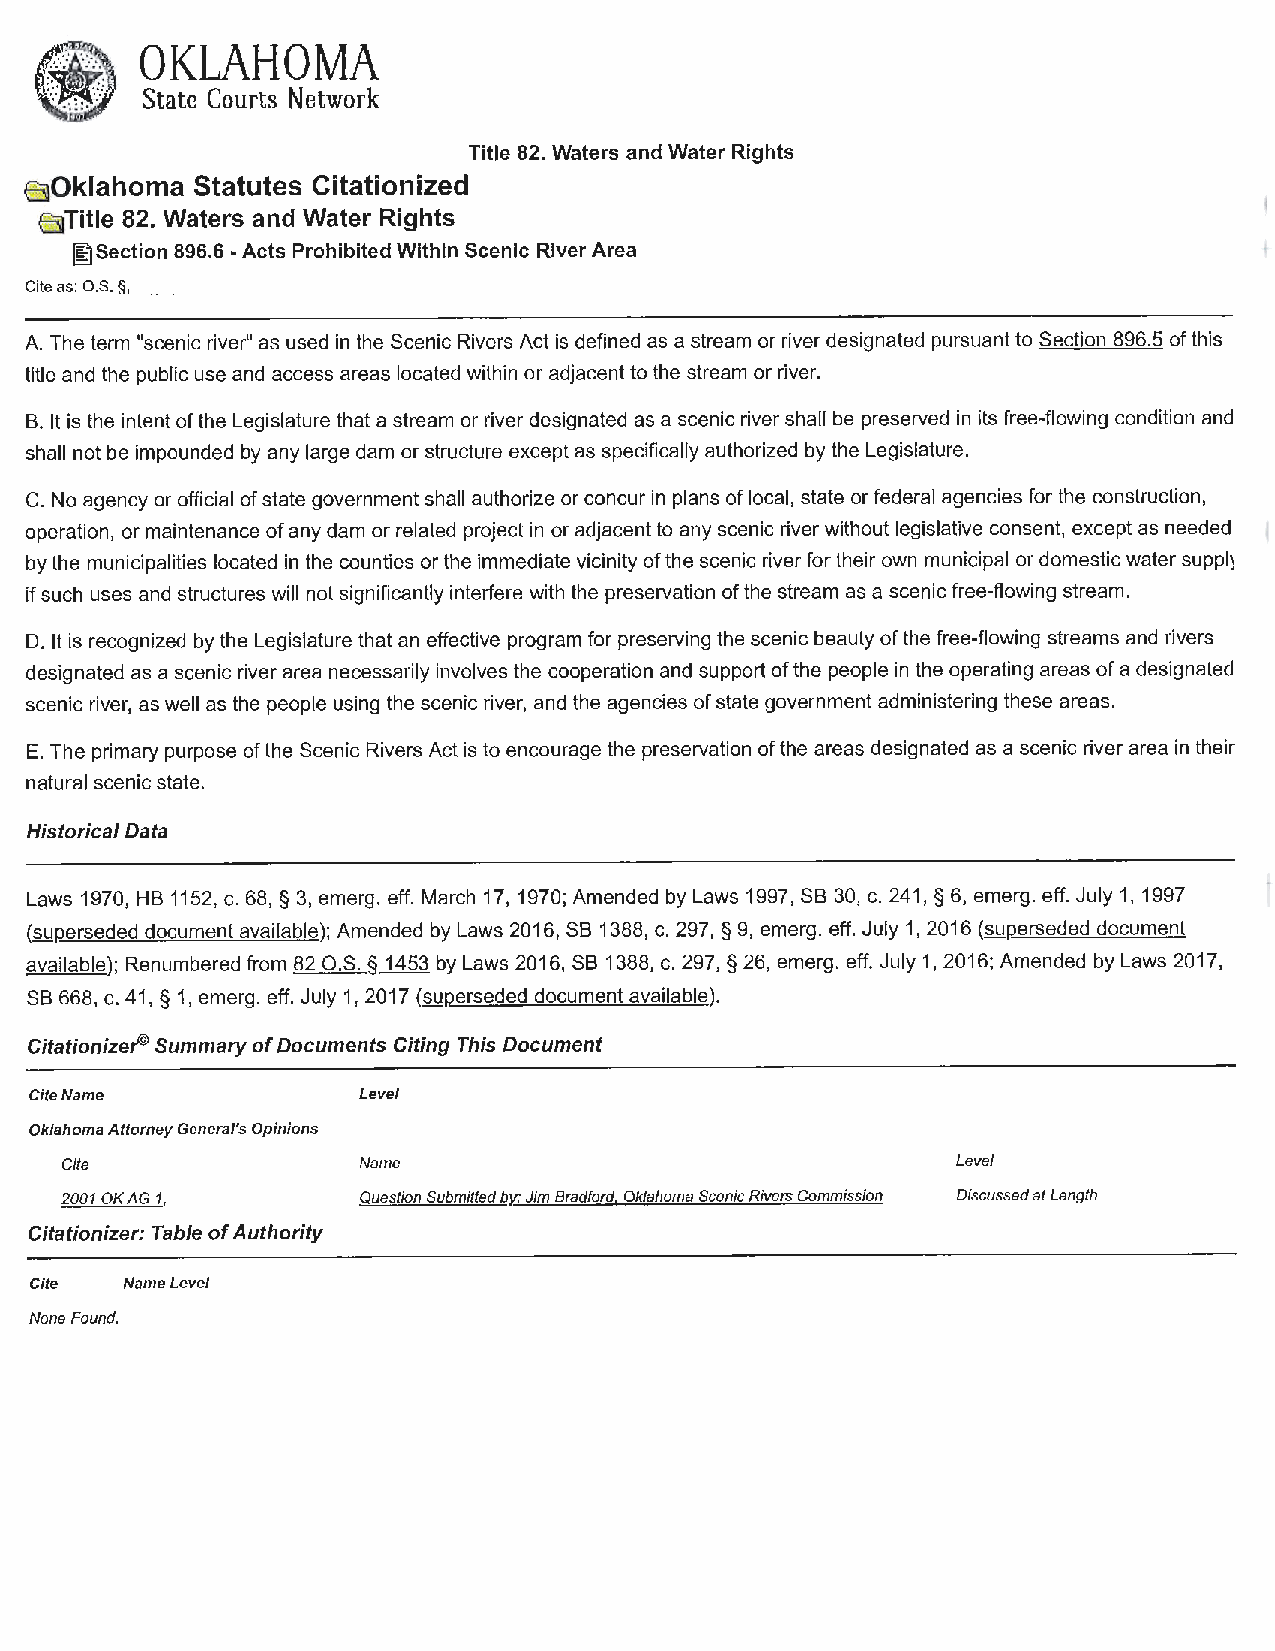
OKLAHOMA
 ~
 t)z{)r
 State Courts Network
 Title 82. Waters and Water Rights
 6}0klahoma Statutes Citationized
 E5]Title 82. Waters and Water Rights
 @:)Section 896.6 -Acts Prohibited Within Scenic River Area
 Cite as: O.S. §, _ _
 A. The term "scenic river" as used in the Scenic Rivers Act is defined as a stream or river designated pursuant to Section 896.5 of this
 title and the public use and access areas located within or adjacent to the stream or river.
 B. It is the intent of the Legislature that a stream or river designated as a scenic river shall be preserved in its free-flowing condition and
 shall not be impounded by any large dam or structure except as specifically authorized by the Legislature.
 C. No agency or official of state government shall authorize or concur in plans of local, state or federal agencies for the construction,
 operation, or maintenance of any dam or related project in or adjacent to any scenic river without legislative consent, except as needed
 by the municipalities located in the counties or the immediate vicinity of the scenic river for their own municipal or domestic water suppl)
 if such uses and structures will not significantly interfere with the preservation of the stream as a scenic free-flowing stream.
 D. It is recognized by the Legislature that an effective program for preserving the scenic beauty of the free-flowing streams and rivers
 designated as a scenic river area necessarily involves the cooperation and support of the people in the operating areas of a designated
 scenic river, as well as the people using the scenic river, and the agencies of state government administering these areas.
 E. The primary purpose of the Scenic Rivers Act is to encourage the preservation of the areas designated as a scenic river area in their
 natural scenic state.
 Historical Data
 Laws 1970, HB 1152, c. 68, § 3, emerg. eff. March 17, 1970; Amended by Laws 1997, SB 30, c. 241, § 6, emerg. eff. July 1, 1997
 (suRerseded document available); Amended by Laws 2016, SB 1388, c. 297, § 9, emerg. eff. July 1, 2016 (suRerseded document
 available); Renumbered from 82 O.S. § 1453 by Laws 2016, SB 1388, c. 297, § 26, emerg. eff. July 1, 2016; Amended by Laws 2017,
 SB 668, c. 41, § 1, emerg. eff. July 1, 2017 (suRerseded document available).
 Citationizer® Summary of Documents Citing This Document
 Cite Name             Level
 Oklahoma Attorney General's Opinions
 Cite                Name                                   Level
 2001 OKAG 1,        Question Submitted bY.,: Jim Bradford. Oklahoma Scenic Rivers Commission Discussed at Length
 Citationizer: Table of Authority
 Cite  Name Level
 None Found.